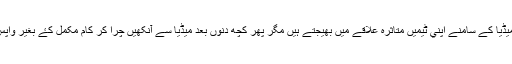
بڑے بڑے ملک ميڈيا کے سامنے اپني ٹيميں متاثرہ علاقے ميں بھيجتے ہيں مگر پھر کچھ دنوں بعد ميڈيا سے آنکھيں چرا کر کام مکمل کۓ بغير واپس چلے جاتے ہيں۔